Calcutta medical institutions reports 1871-78
Year: 1871
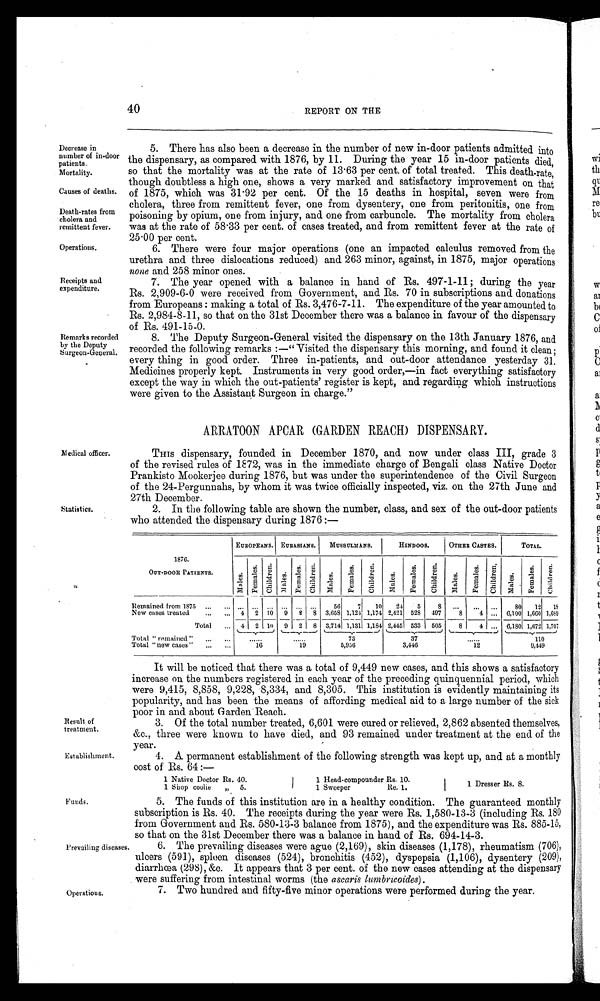
Result of
treatment.
Establishment.
40
REPORT ON THE
Decrease in
number of in-door
patients.
Mortality.
Causes of deaths.
Death-rates from
cholera and
remittent fever.
Operations.
Receipts and
expenditure.
Remarks recorded
by the Deputy
Surgeon-General.
5. There has also been a decrease in the number of new in-door patients admitted into
the dispensary, as compared with 1876, by 11. During the year 15 in-door patients died,
so that the mortality was at the rate of 13·63 per cent. of total treated. This death-rate,
though doubtless a high one, shows a very marked and satisfactory improvement on that
of 1875, which was 31·92 per cent. Of the 15 deaths in hospital, seven were from
cholera, three from remittent fever, one from dysentery, one from peritonitis, one from
poisoning by opium, one from injury, and one from carbuncle. The mortality from cholera
was at the rate of 58·33 per cent. of cases treated, and from remittent fever at the rate of
25·00 per cent.
6. There were four major operations (one an impacted calculus removed from the
urethra and three dislocations reduced) and 263 minor, against, in 1875, major operations
none and 258 minor ones.
7. The year opened with a balance in hand of Rs. 497-1-11; during the year
Rs. 2,909-6-0 were received from Government, and Rs. 70 in subscriptions and donations
from Europeans: making a total of Rs. 3,476-7-11. The expenditure of the year amounted to
Rs. 2,984-8-11, so that on the 31st December there was a balance in favour of the dispensary
of Rs 491-15-0.
8. The Deputy Surgeon-General visited the dispensary on the 13th January 1876, and
recorded the following remarks:—"Visited the dispensary this morning, and found it clean;
every thing in good order. Three in-patients, and out-door attendance yesterday 31.
Medicines properly kept. Instruments in very good order,—in fact everything satisfactory
except the way in which the out-patients' register is kept, and regarding which instructions
were given to the Assistant Surgeon in charge."
ARRATOON APCAR (GARDEN REACH) DISPENSARY.
Medical officer.
Statistics.
THIS dispensary, founded in December 1870, and now under class III, grade 3
of the revised rules of 1872, was in the immediate charge of Bengali class Native Doctor
Prankisto Mookerjee during 1876, but was under the superintendence of the Civil Surgeon
of the 24-Pergunnahs, by whom it was twice officially inspected, viz. on the 27th June and
27th December.
2. In the following table are shown the number, class, and sex of the out-door patients
who attended the dispensary during 1876:—
EUROPEANS. EURASIANS. MUSSULMANS.
H I N D O O S .
OTHER CASTES.
T O T A L .
1876.
OUT-DOOR PATIENTS.
M a l e s . Femal es .
C h i l d r e n .
M a l e s .
F e ma l e s . C h i l d r e n . M a l e s .
F e m a l e s .
C h i l d r e n .
Ma l e s .
F e m a l e s .
C h i l d r e n .
M a l e s .
Females. C h i l d r e n .
Ma l e s .
F e m a l e s .
C h i l d r e n .
Remained from 1875
... ...
... ... ... ...
... ...
56
7 10 24
5
8
... ... ...
80 12 18
New cases treated ... ...
4
2 1 0
9 2
8 3 , 6 5 8
1 , 1 2 4
1 , 1 7 4
2 , 4 2 1
528 497
8
4
. . .
6,100 1,660 1,689
Total
... 4 2 10 9 2 8 3,714 1,131 1,184 2,445 533 505
8
4 ... 6,180 1,672 1,707
Total "remained"
...
...
......
. . . . . .73
3 7
. . . . . .
1 1 0
Total "new cases"
...
... 16
19
5,956
3,446
12
9,449
It will be noticed that there was a total of 9,449 new cases, and this shows a satisfactory
increase on the numbers registered in each year of the preceding quinquennial period, which
were 9,415, 8,858, 9,228, 8,334, and 8,305. This institution is evidently maintaining its
popularity, and has been the means of affording medical aid to a large number of the sick
p o o r i n a n d a b o u t G a r d e n R e a c h .
3. Of the total number treated, 6,601 were cured or relieved, 2,862 absented themselves,
&c., three were known to have died, and 93 remained under treatment at the end of the
year.
4. A. permanent establishment of the following strength was kept up, and at a monthly
cost of Rs. 64:—
1 Native Doctor Rs. 40.
1 Head-compounder Rs. 10.
1 Dresser Rs. 8.
1 Shop coolie ” 5.
1 Sweeper
Re. 1.
Funds.
Prevailing diseases.
Operations.
5. The funds of this institution are in a healthy condition. The guaranteed monthly
subscription is Rs. 40. The receipts during the year were Rs. 1,580-13-3 (including Rs. 180
from Government and Rs. 580-13-3 balance from 1875), and the expenditure was Rs. 885-15,
so that on the 31st December there was a balance in hand of Rs. 694-14-3.
6. The prevailing diseases were ague (2,169), skin diseases (1,178), rheumatism (706),
ulcers (591), sploen diseases (524), bronchitis (452), dyspepsia (1,106), dysentery (209),
diarrhœa (298), &c. It appears that 3 per cent. of the new cases attending at the dispensary
were suffering from intestinal worms (the ascaris lumbricoides).
7. Two hundred and fifty-five minor operations were performed during the year.